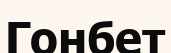
Гонбет